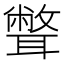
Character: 𦗥